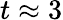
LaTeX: t\approx 3